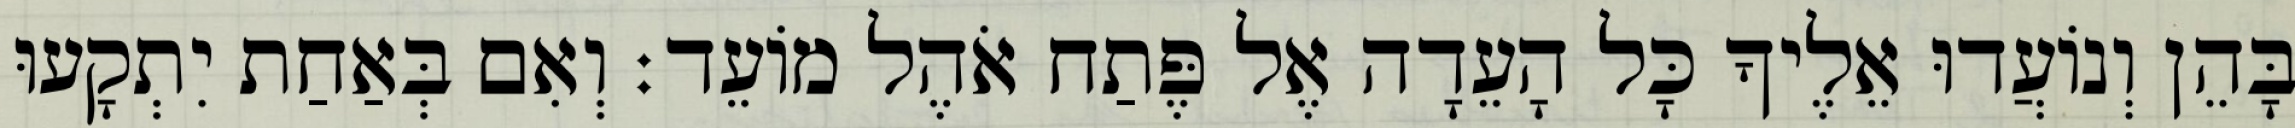
בָּהֵן וְנוֹעֲדוּ אֵלֶיךָ כָּל הָעֵדָה אֶל פֶּתַח אֹהֶל מוֹעֵד׃ וְאִם בְּאַחַת יִתְקָעוּ